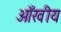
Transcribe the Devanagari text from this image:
आँखीय